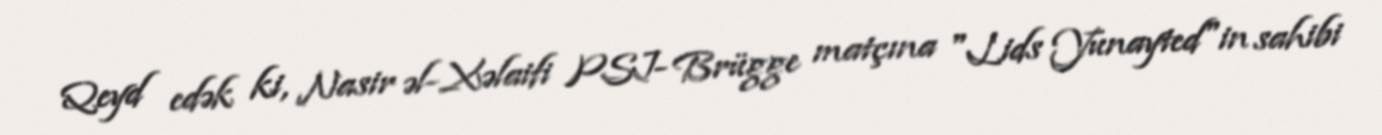
Qeyd edək ki, Nasir əl-Xəlaifi PSJ- Brügge matçına "Lids Yunayted"in sahibi